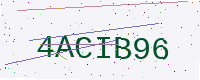
Text: 4ACIB96